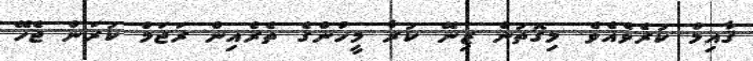
ޤާއިމް ކުރެވެއެވެ. މިގޮތުން ޒިނޭ ކުރާ މީހުންގެ ތެރެއިން ރަޖަމް ކުރަން ޖެހޭ